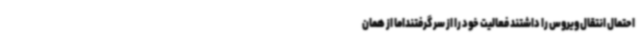
احتمال انتقال ویروس را داشتند فعالیت خود را از سر گرفتنداما از همان